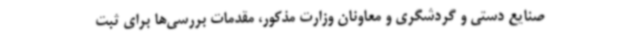
صنایع دستی و گردشگری و معاونان وزارت مذکور، مقدمات بررسی‌ها برای ثبت